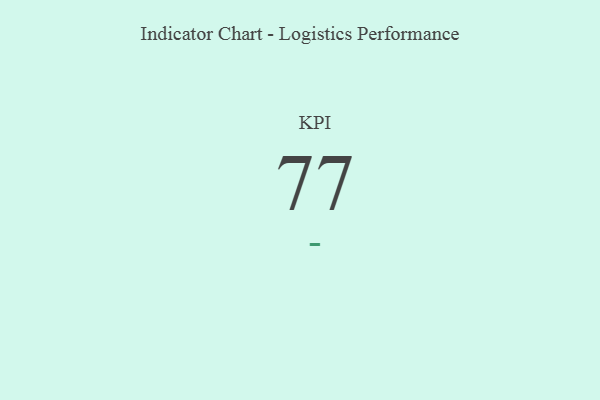
{"axis": {"x": "KPI", "y": "Value"}, "legend": [""], "data": [{"x": "KPI", "y": 77, "type": ""}]}